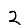
Digit: 2